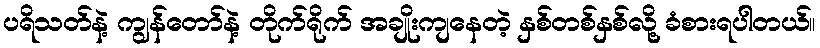
ပရိသတ်နဲ့ ကျွန်တော်နဲ့ တိုက်ရိုက် အချိုးကျနေတဲ့ နှစ်တစ်နှစ်လို့ ခံစားရပါတယ်။